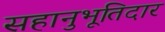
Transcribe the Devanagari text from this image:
सहानुभूतिदार